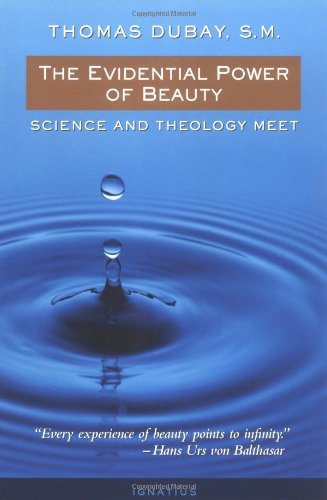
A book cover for The Evidential Power of Beauty: Science and Theology Meet; Thomas Dubay; Politics & Social Sciences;